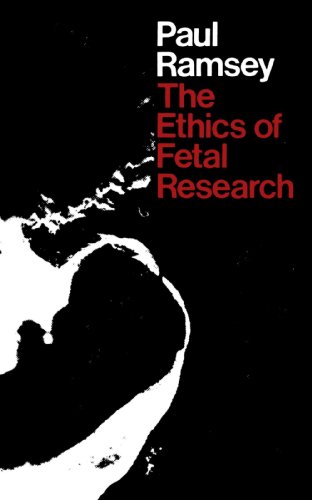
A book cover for The Ethics of Fetal Research (Yale FastBack); Paul Ramsey; Medical Books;